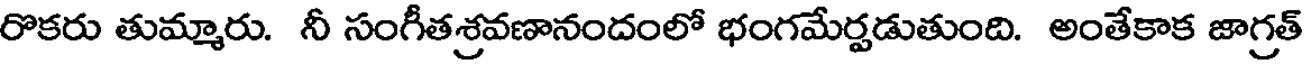
రొకరు తుమ్మారు. నీ సంగీతశ్రవణానందంలో భంగమేర్పడుతుంది. అంతేకాక జాగ్రత్